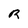
Character: R